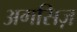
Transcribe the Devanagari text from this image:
अगसिज़